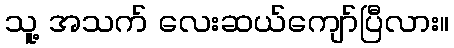
သူ့ အသက် လေးဆယ်ကျော်ပြီလား။